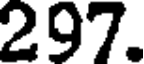
297.